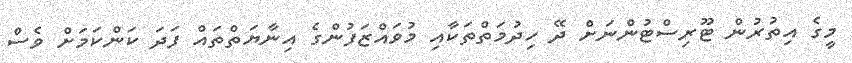
މީގެ އިތުރުން ޓޫރިސްޓުންނަށް ދޭ ހިދުމަތްތަކާއި މުވައްޒަފުންގެ އިނާޔަތްތައް ފަދަ ކަންކަމަށް ވެސް